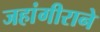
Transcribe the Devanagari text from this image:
जहांगीराने